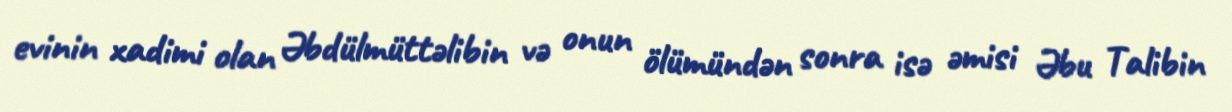
evinin xadimi olan Əbdülmüttəlibin və onun ölümündən sonra isə əmisi Əbu Talibin